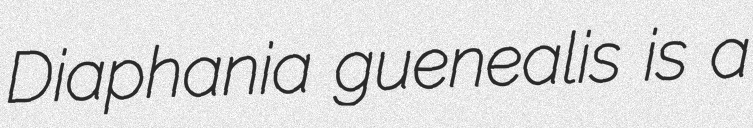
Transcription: Diaphania guenealis is a